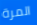
المرة